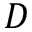
D